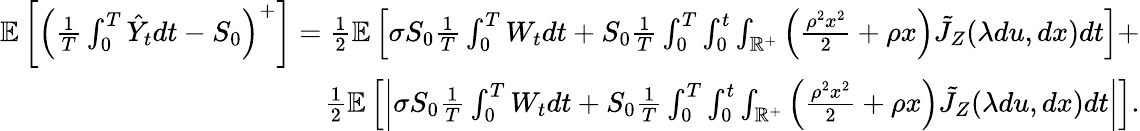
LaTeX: \begin{array}{r}{\mathbb{E}\left[\left(\frac{1}{T}\int_{0}^{T}\hat{Y}_{t}dt-S_{0}\right)^{+}\right]=\frac{1}{2}\mathbb{E}\left[\sigma S_{0}\frac{1}{T}\int_{0}^{T}{W}_{t}dt+S_{0}\frac{1}{T}\int_{0}^{T}\int_{0}^{t}\int_{\mathbb{R}^{+}}\left(\frac{\rho^{2}x^{2}}{2}+\rho x\right)\tilde{J}_{Z}(\lambda du,dx)dt\right]+}\\ {\frac{1}{2}\mathbb{E}\left[\left|\sigma S_{0}\frac{1}{T}\int_{0}^{T}{W}_{t}dt+S_{0}\frac{1}{T}\int_{0}^{T}\int_{0}^{t}\int_{\mathbb{R}^{+}}\left(\frac{\rho^{2}x^{2}}{2}+\rho x\right)\tilde{J}_{Z}(\lambda du,dx)dt\right|\right].}\end{array}